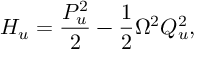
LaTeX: H _ { u } = \frac { P _ { u } ^ { 2 } } { 2 } - \frac { 1 } { 2 } \Omega ^ { 2 } Q _ { u } ^ { 2 } ,